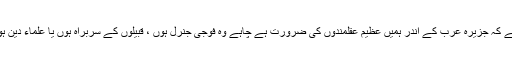
ہمیشہ ہم لوگوں کى یہى پلاننگ رہى ہے کہ جزیره عرب کے اندر ہمیں عظیم عقلمندوں کى ضرورت ہے چاہے وه فوجى جنرل ہوں ، قبیلوں کے سربراه ہوں یا علماء دین ہوں جو سب مل کر ایک ساتھ کام کریں۔